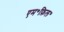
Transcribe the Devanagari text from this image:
एम॰फ़िल॰